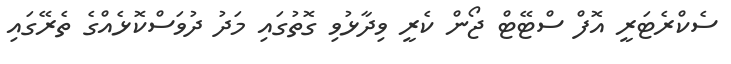
ސެކްރެޓަރީ އޮފް ސްޓޭޓް ޖޯން ކެރީ ވިދާޅުވި ގޮތުގައި މަދު ދުވަސްކޮޅެއްގެ ތެރޭގައި